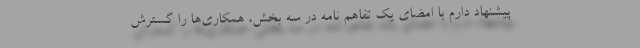
پیشنهاد دارم با امضای یک تفاهم نامه در سه بخش، همکاری‌ها را گسترش